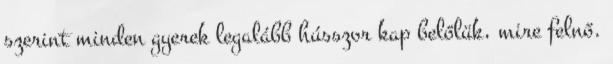
szerint minden gyerek legalább hússzor kap belőlük, mire felnő.